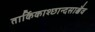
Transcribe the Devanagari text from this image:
तार्किकाश्छान्दसाश्चैव